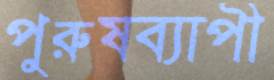
পুরুষব্যাপী